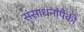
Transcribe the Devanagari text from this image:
संसाधनांपैकी